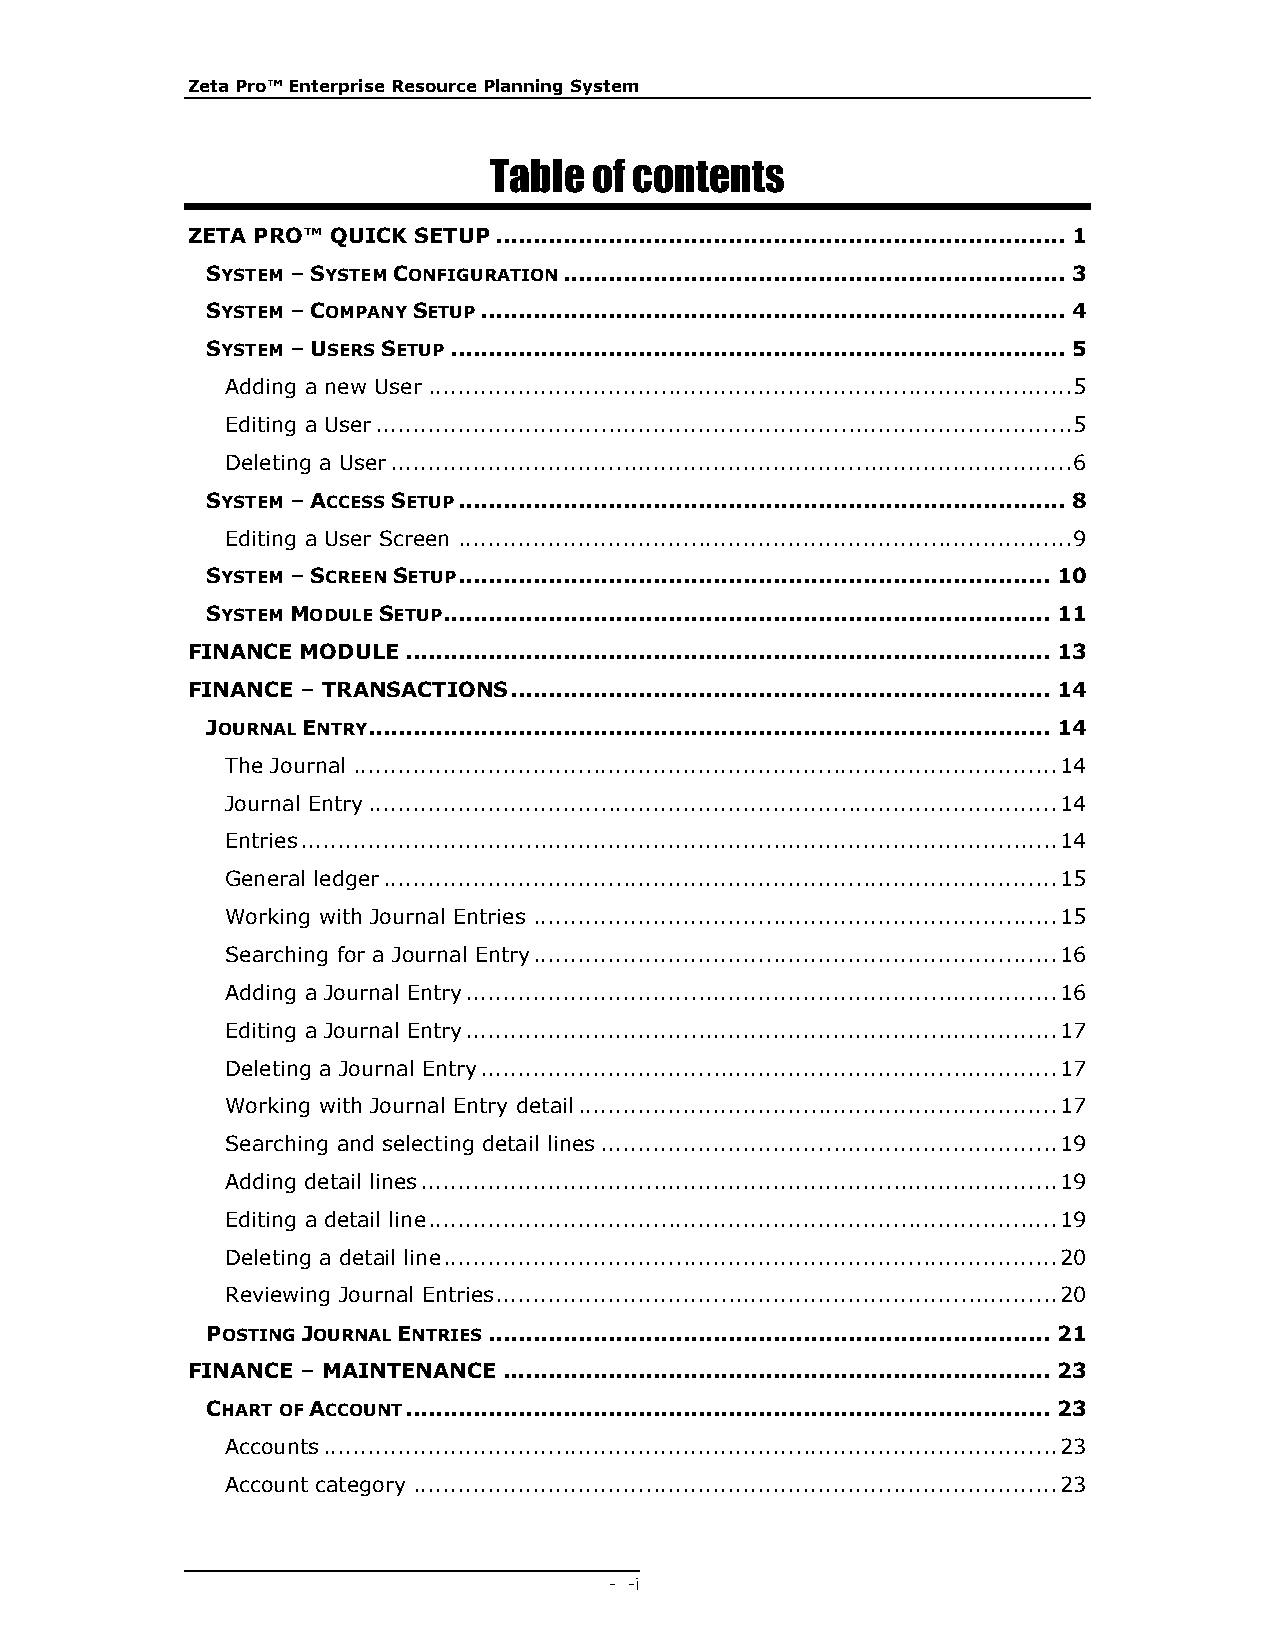
Zeta Pro™ Enterprise Resource Planning System
 Table  of contents
 ZETA PRO™ QUICK SETUP ............................................................................ 1
 SYSTEM – SYSTEM CONFIGURATION ................................................................... 3
 SYSTEM – COMPANY SETUP .............................................................................. 4
 SYSTEM – USERS SETUP .................................................................................. 5
 Adding a new User ...................................................................................... 5
 Editing a User ............................................................................................. 5
 Deleting a User ........................................................................................... 6
 SYSTEM – ACCESS SETUP ................................................................................. 8
 Editing a User Screen .................................................................................. 9
 SYSTEM – SCREEN SETUP ............................................................................... 10
 SYSTEM MODULE SETUP ................................................................................. 11
 FINANCE MODULE ...................................................................................... 13
 FINANCE – TRANSACTIONS ........................................................................ 14
 JOURNAL ENTRY ........................................................................................... 14
 The Journal .............................................................................................. 14
 Journal Entry ............................................................................................ 14
 Entries ..................................................................................................... 14
 General ledger .......................................................................................... 15
 Working with Journal Entries ...................................................................... 15
 Searching for a Journal Entry ...................................................................... 16
 Adding a Journal Entry ............................................................................... 16
 Editing a Journal Entry ............................................................................... 17
 Deleting a Journal Entry ............................................................................. 17
 Working with Journal Entry detail ................................................................ 17
 Searching and selecting detail lines ............................................................. 19
 Adding detail lines ..................................................................................... 19
 Editing a detail line .................................................................................... 19
 Deleting a detail line .................................................................................. 20
 Reviewing Journal Entries ........................................................................... 20
 POSTING JOURNAL ENTRIES ........................................................................... 21
 FINANCE – MAINTENANCE ......................................................................... 23
 CHART OF ACCOUNT ...................................................................................... 23
 Accounts .................................................................................................. 23
 Account category ...................................................................................... 23
 - - i